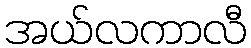
အယ်လကာလီ